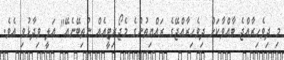
މި ދިވެހިރާއްޖެ ބާއްވާކަށް ދިވެހިރާއްޖޭގެ ރައްޔިތުންގެ މެޖޯރިޓީއެއް ނުތިބޭނެއޭ" އަލީ ވިދާޅުވި އެވެ.